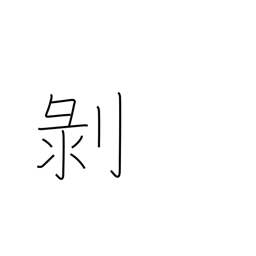
Meaning: peel